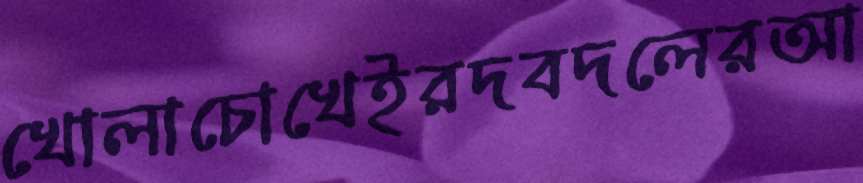
খোলাচোখেইরদবদলেরআ